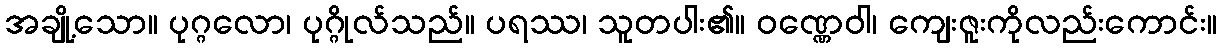
အချို့သော။ ပုဂ္ဂလော၊ ပုဂ္ဂိုလ်သည်။ ပရဿ၊ သူတပါး၏။ ဝဏ္ဏေဝါ၊ ကျေးဇူးကိုလည်းကောင်း။